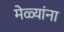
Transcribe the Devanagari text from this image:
मेळ्यांना